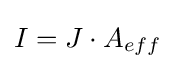
I=J\cdot A_{eff}